Scottish Leaving Certificate Examination, 1952
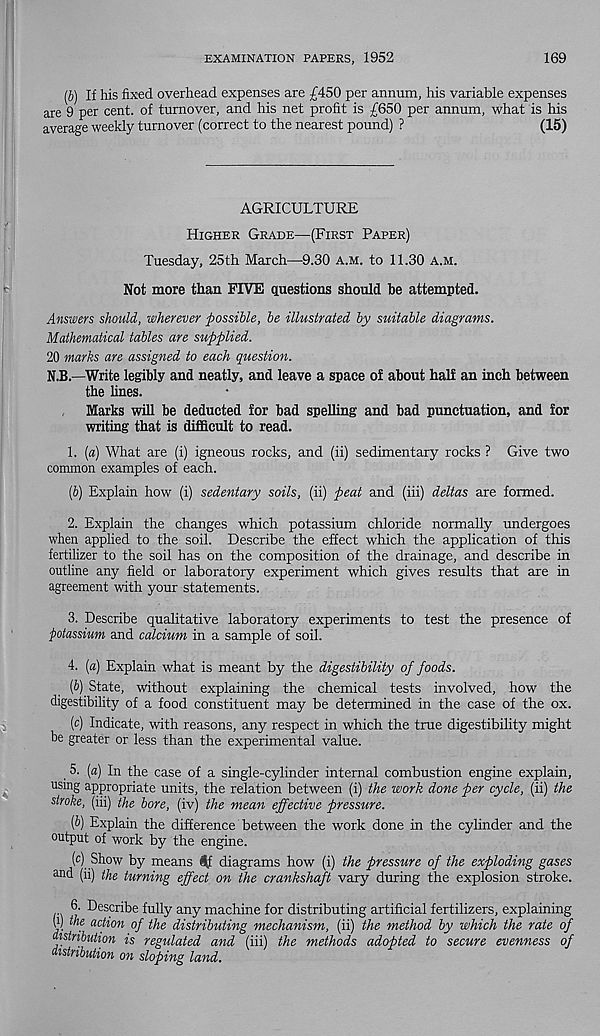
EXAMINATION PAPERS, 1952
169
(b) If his fixed overhead expenses are £450 per annum, his variable expenses
are 9 per cent, of turnover, and his net profit is £650 per annum, what is his
average weekly turnover (correct to the nearest pound) ?
(15)
AGRICULTURE
Higher Grade—(First Paper)
Tuesday, 25th March—9.30 A.m. to 11.30 A.m.
Not more than FIVE questions should be attempted.
Answers should, wherever possible, be illustrated by suitable diagrams.
Mathematical tables are supplied.
20 marks are assigned to each question.
N.B.—Write legibly and neatly, and leave a space of about half an inch between
the lines.
Marks will be deducted for bad spelling and bad punctuation, and for
writing that is difficult to read.
1. [a) What are (i) igneous rocks, and (ii) sedimentary rocks ? Give two
common examples of each.
(b) Explain how (i) sedentary soils, (ii) peat and (iii) deltas are formed.
2. Explain the changes which potassium chloride normally undergoes
when applied to the soil. Describe the effect which the application of this
fertilizer to the soil has on the composition of the drainage, and describe in
outline any field or laboratory experiment which gives results that are in
agreement with your statements.
3. Describe qualitative laboratory experiments to test the presence of
potassium and calcium in a sample of soil.
4. (a) Explain what is meant by the digestibility of foods.
(6) State, without explaining the chemical tests involved, how the
digestibility of a food constituent may be determined in the case of the ox.
(c) Indicate, with reasons, any respect in which the true digestibility might
be greater or less than the experimental value.
5. [a) In the case of a single-cylinder internal combustion engine explain,
using appropriate units, the relation between (i) the work done per cycle, (ii) the
stroke, (iii) the bore, (iv) the mean effective pressure.
(b) Explain the difference between the work done in the cylinder and the
output of work by the engine.
(c) Show by means ^f diagrams how (i) the pressure of the exploding gases
uud (ii) (he turning effect on the crankshaft vary during the explosion stroke.
6. Describe fully any machine for distributing artificial fertilizers, explaining
W the action of the distributing mechanism, (ii) the method by which the rate of
distribution is regulated and (iii) the methods adopted to secure evenness of
distribution on sloping land.